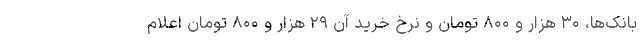
بانک‌ها، ۳۰ هزار و ۸۰۰ تومان و نرخ خرید آن ۲۹ هزار و ۸۰۰ تومان اعلام